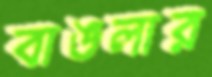
বাঙলার